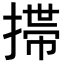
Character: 𢲄